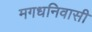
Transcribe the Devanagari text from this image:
मगधनिवासी